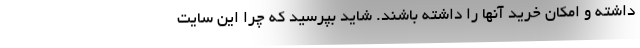
داشته و امکان خرید آنها را داشته باشند. شاید بپرسید که چرا این سایت